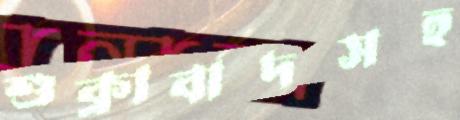
শুক্রাবাদসহ